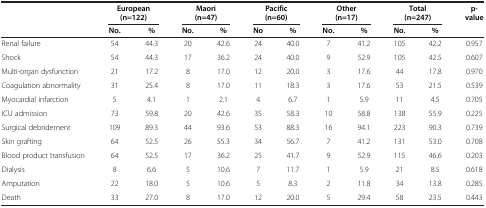
<table><thead><tr><td><b> </b></td><td colspan="2"><b>European (n=122)</b></td><td colspan="2"><b>Maori (n=47)</b></td><td colspan="2"><b>Pacific (n=60)</b></td><td colspan="2"><b>Other (n=17)</b></td><td colspan="2"><b>Total (n=247)</b></td><td><b>p-value</b></td></tr><tr><td><b> </b></td><td><b>No.</b></td><td><b>%</b></td><td><b>No.</b></td><td><b>%</b></td><td><b>No</b></td><td><b>%</b></td><td><b>No.</b></td><td><b>%</b></td><td><b>No.</b></td><td><b>%</b></td><td><b> </b></td></tr></thead><tbody><tr><td>Renal failure</td><td>54</td><td>44.3</td><td>20</td><td>42.6</td><td>24</td><td>40.0</td><td>7</td><td>41.2</td><td>105</td><td>42.2</td><td>0.957</td></tr><tr><td>Shock</td><td>54</td><td>44.3</td><td>17</td><td>36.2</td><td>24</td><td>40.0</td><td>9</td><td>52.9</td><td>105</td><td>42.5</td><td>0.607</td></tr><tr><td>Multi-organ dysfunction</td><td>21</td><td>17.2</td><td>8</td><td>17.0</td><td>12</td><td>20.0</td><td>3</td><td>17.6</td><td>44</td><td>17.8</td><td>0.970</td></tr><tr><td>Coagulation abnormality</td><td>31</td><td>25.4</td><td>8</td><td>17.0</td><td>11</td><td>18.3</td><td>3</td><td>17.6</td><td>53</td><td>21.5</td><td>0.539</td></tr><tr><td>Myocardial infarction</td><td>5</td><td>4.1</td><td>1</td><td>2.1</td><td>4</td><td>6.7</td><td>1</td><td>5.9</td><td>11</td><td>4.5</td><td>0.705</td></tr><tr><td>ICU admission</td><td>73</td><td>59.8</td><td>20</td><td>42.6</td><td>35</td><td>58.3</td><td>10</td><td>58.8</td><td>138</td><td>55.9</td><td>0.225</td></tr><tr><td>Surgical debridement</td><td>109</td><td>89.3</td><td>44</td><td>93.6</td><td>53</td><td>88.3</td><td>16</td><td>94.1</td><td>223</td><td>90.3</td><td>0.739</td></tr><tr><td>Skin grafting</td><td>64</td><td>52.5</td><td>26</td><td>55.3</td><td>34</td><td>56.7</td><td>7</td><td>41.2</td><td>131</td><td>53.0</td><td>0.708</td></tr><tr><td>Blood product transfusion</td><td>64</td><td>52.5</td><td>17</td><td>36.2</td><td>25</td><td>41.7</td><td>9</td><td>52.9</td><td>115</td><td>46.6</td><td>0.203</td></tr><tr><td>Dialysis</td><td>8</td><td>6.6</td><td>5</td><td>10.6</td><td>7</td><td>11.7</td><td>1</td><td>5.9</td><td>21</td><td>8.5</td><td>0.618</td></tr><tr><td>Amputation</td><td>22</td><td>18.0</td><td>5</td><td>10.6</td><td>5</td><td>8.3</td><td>2</td><td>11.8</td><td>34</td><td>13.8</td><td>0.285</td></tr><tr><td>Death</td><td>33</td><td>27.0</td><td>8</td><td>17.0</td><td>12</td><td>20.0</td><td>5</td><td>29.4</td><td>58</td><td>23.5</td><td>0.443</td></tr></tbody></table>